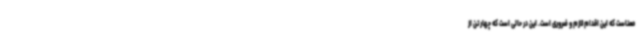
معناست که این اقدام لازم و ضروری است. این در حالی است که چهار تن از